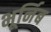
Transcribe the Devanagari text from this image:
भूर्निब